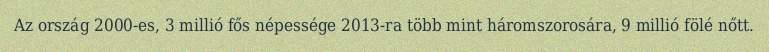
Az ország 2000-es, 3 millió fős népessége 2013-ra több mint háromszorosára, 9 millió fölé nőtt.